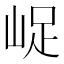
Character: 𡷿